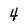
Character: 4